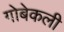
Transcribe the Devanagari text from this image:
गोबेकली